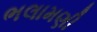
ભલામણી